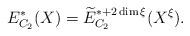
LaTeX: \begin{align*}E_{C_2}^*(X) = \widetilde{E}_{C_2}^{*+2\dim \xi}(X^\xi).\end{align*}